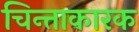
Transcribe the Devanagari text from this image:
चिन्ताकारक